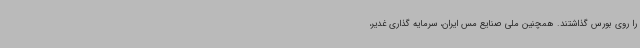
را روی بورس گذاشتند. همچنین ملی صنایع مس ایران، سرمایه‌ گذاری غدیر،